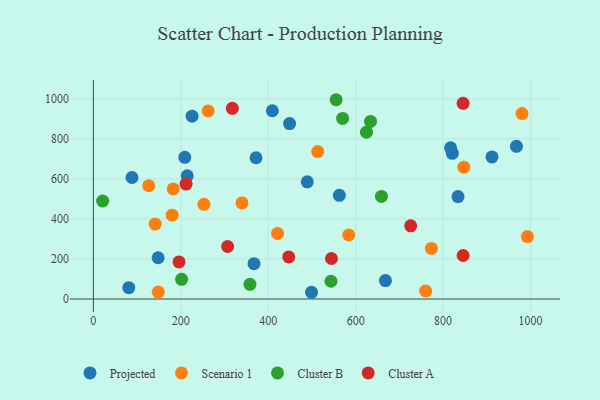
{"axis": {"x": "Distance", "y": "Sales"}, "legend": ["Cluster A", "Cluster B", "Projected", "Scenario 1"], "data": [{"x": "499.0", "y": 33.6, "type": "Projected"}, {"x": "209.1", "y": 707.1, "type": "Projected"}, {"x": "489.3", "y": 585.0, "type": "Projected"}, {"x": "821.1", "y": 727.3, "type": "Projected"}, {"x": "448.8", "y": 875.6, "type": "Projected"}, {"x": "214.7", "y": 615.0, "type": "Projected"}, {"x": "367.5", "y": 176.4, "type": "Projected"}, {"x": "668.1", "y": 92.0, "type": "Projected"}, {"x": "967.7", "y": 762.2, "type": "Projected"}, {"x": "834.1", "y": 511.5, "type": "Projected"}, {"x": "88.3", "y": 606.6, "type": "Projected"}, {"x": "562.7", "y": 517.5, "type": "Projected"}, {"x": "409.4", "y": 939.8, "type": "Projected"}, {"x": "372.1", "y": 705.1, "type": "Projected"}, {"x": "225.8", "y": 912.6, "type": "Projected"}, {"x": "81.1", "y": 56.5, "type": "Projected"}, {"x": "911.7", "y": 709.4, "type": "Projected"}, {"x": "148.2", "y": 205.9, "type": "Projected"}, {"x": "817.1", "y": 754.9, "type": "Projected"}, {"x": "262.7", "y": 938.8, "type": "Scenario 1"}, {"x": "252.8", "y": 472.4, "type": "Scenario 1"}, {"x": "513.2", "y": 736.1, "type": "Scenario 1"}, {"x": "980.4", "y": 925.6, "type": "Scenario 1"}, {"x": "584.1", "y": 319.5, "type": "Scenario 1"}, {"x": "847.3", "y": 658.1, "type": "Scenario 1"}, {"x": "180.3", "y": 418.3, "type": "Scenario 1"}, {"x": "760.0", "y": 39.9, "type": "Scenario 1"}, {"x": "141.4", "y": 373.9, "type": "Scenario 1"}, {"x": "148.4", "y": 34.7, "type": "Scenario 1"}, {"x": "773.2", "y": 252.3, "type": "Scenario 1"}, {"x": "992.7", "y": 311.6, "type": "Scenario 1"}, {"x": "340.0", "y": 479.7, "type": "Scenario 1"}, {"x": "182.6", "y": 549.4, "type": "Scenario 1"}, {"x": "421.4", "y": 327.3, "type": "Scenario 1"}, {"x": "126.7", "y": 565.4, "type": "Scenario 1"}, {"x": "658.9", "y": 512.3, "type": "Cluster B"}, {"x": "21.2", "y": 489.2, "type": "Cluster B"}, {"x": "358.2", "y": 73.4, "type": "Cluster B"}, {"x": "633.9", "y": 886.4, "type": "Cluster B"}, {"x": "543.5", "y": 88.6, "type": "Cluster B"}, {"x": "570.1", "y": 901.7, "type": "Cluster B"}, {"x": "201.8", "y": 98.3, "type": "Cluster B"}, {"x": "555.3", "y": 994.8, "type": "Cluster B"}, {"x": "624.6", "y": 832.6, "type": "Cluster B"}, {"x": "446.8", "y": 210.0, "type": "Cluster A"}, {"x": "212.0", "y": 573.8, "type": "Cluster A"}, {"x": "195.9", "y": 185.1, "type": "Cluster A"}, {"x": "317.9", "y": 952.1, "type": "Cluster A"}, {"x": "845.7", "y": 977.0, "type": "Cluster A"}, {"x": "845.7", "y": 217.2, "type": "Cluster A"}, {"x": "307.1", "y": 262.1, "type": "Cluster A"}, {"x": "544.6", "y": 202.1, "type": "Cluster A"}, {"x": "725.8", "y": 365.3, "type": "Cluster A"}]}